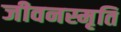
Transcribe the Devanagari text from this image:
जीवनस्मृति